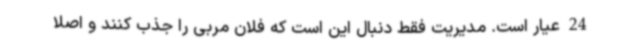
24 عیار است. مدیریت فقط دنبال این است که فلان مربی را جذب کنند و اصلاً